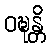
ဝဍ္ဎန္တိ